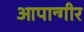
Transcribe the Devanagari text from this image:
आपान्गीर